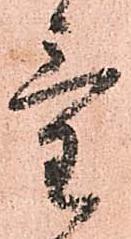
氣